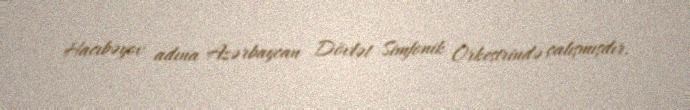
Hacıbəyov adına Azərbaycan Dövlət Simfonik Orkestrində çalışmışdır.